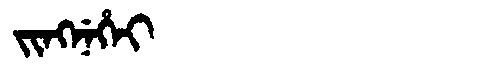
Manchu: ᠵᡳᠩᠨᡝᡥᡝᡳ
Romanization: JINGNEHEI